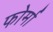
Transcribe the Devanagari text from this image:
फोर्मा